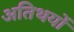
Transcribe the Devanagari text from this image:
अतिथयों